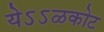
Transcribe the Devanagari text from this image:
येऽऽळकोट